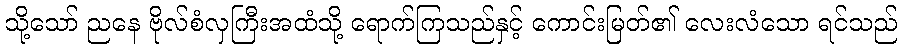
သို့သော် ညနေ ဗိုလ်စံလှကြီးအထံသို့ ရောက်ကြသည်နှင့် ကောင်းမြတ်၏ လေးလံသော ရင်သည်